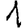
Digit: 1